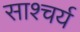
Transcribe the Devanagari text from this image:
साश्चर्य